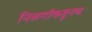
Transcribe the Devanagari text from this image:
निसर्गाकडूनच